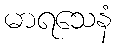
မာရသေနံ